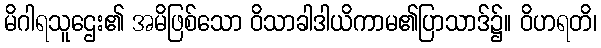
မိဂါရသူဌေး၏ အမိဖြစ်သော ဝိသာခါဒါယိကာမ၏ပြာသာဒ်၌။ ဝိဟရတိ၊